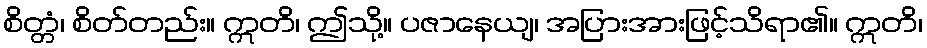
စိတ္တံ၊ စိတ်တည်း။ ဣတိ၊ ဤသို့။ ပဇာနေယျ၊ အပြားအားဖြင့်သိရာ၏။ ဣတိ၊